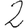
Digit: 2